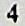
4